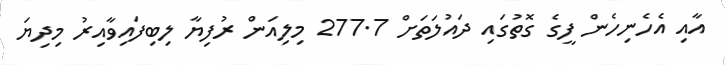
އާއި އެހެނިހެން ފީގެ ގޮތުގައި ދައުލަތަށް 277.7 މިލިއަން ރުފިޔާ ލިބިފައިވާއިރު މިދިޔަ